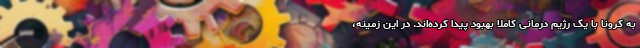
به کرونا با یک رژیم درمانی کاملا بهبود پیدا کرده‌اند. در این زمینه،